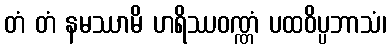
တံ တံ နမဿာမိ ဟရိဿဝဏ္ဏံ ပထဝိပ္ပဘာသံ၊